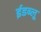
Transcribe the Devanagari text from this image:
ईडब्लू